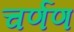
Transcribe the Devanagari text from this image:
चर्णण